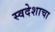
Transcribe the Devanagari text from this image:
स्वदेशाचा